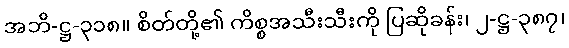
အဘိ-ဋ္ဌ-၃၁၈။ စိတ်တို့၏ ကိစ္စအသီးသီးကို ပြဆိုခန်း၊ ၂-ဋ္ဌ-၃၈၇၊